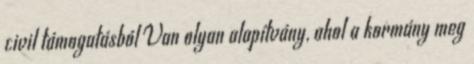
civil támogatásból Van olyan alapítvány, ahol a kormány meg